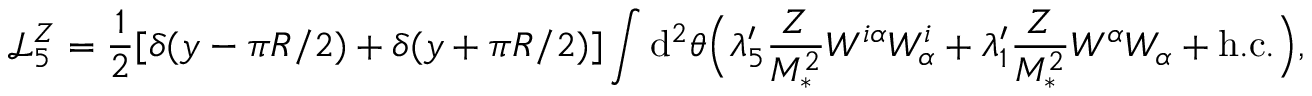
\mathcal { L } _ { 5 } ^ { Z } = \frac { 1 } { 2 } [ \delta ( y - \pi R / 2 ) + \delta ( y + \pi R / 2 ) ] \int { \mathrm { d } ^ { 2 } \theta } \Big ( \lambda _ { 5 } ^ { \prime } \frac { Z } { M _ { * } ^ { 2 } } W ^ { i \alpha } W _ { \alpha } ^ { i } + \lambda _ { 1 } ^ { \prime } \frac { Z } { M _ { * } ^ { 2 } } W ^ { \alpha } W _ { \alpha } + \mathrm { h . c . } \Big ) ,